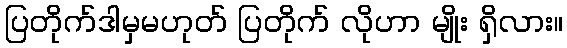
ပြတိုက်ဒါမှမဟုတ် ပြတိုက် လိုဟာ မျိုး ရှိလား။